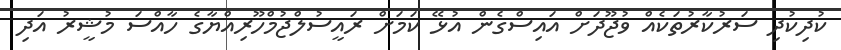
ކުދިކުދި ސަރުކާރުތަކެއް ވުޖޫދަށް އައިސްގެން އުޅޭ ކަމަށް ރައީސުލްޖުމްހޫރިއްޔާގެ ހާއްސަ މުޝީރު އަދި